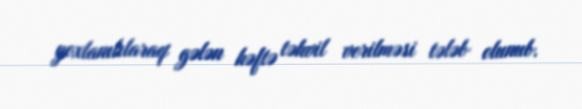
yoxlanılılaraq gələn həftə təhvil verilməsi tələb olunub.